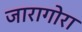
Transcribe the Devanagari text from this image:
जारागोरा